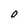
Character: O